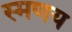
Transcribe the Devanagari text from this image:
स्मणय